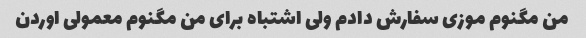
من مگنوم موزی سفارش دادم ولی اشتباه برای من مگنوم معمولی اوردن